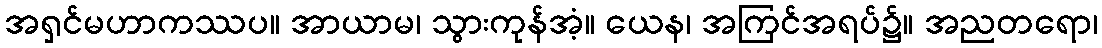
အရှင်မဟာကဿပ။ အာယာမ၊ သွားကုန်အံ့။ ယေန၊ အကြင်အရပ်၌။ အညတရော၊